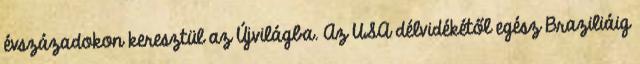
évszázadokon keresztül az Újvilágba. Az USA délvidékétől egész Braziliáig